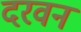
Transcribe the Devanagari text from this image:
दरवन